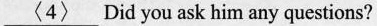
\underline{<4>}Did you ask him any questions?